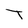
Character: T